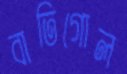
বাতিগোল